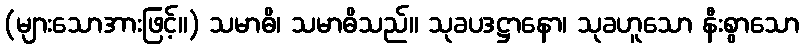
(များသောအားဖြင့်။) သမာဓိ၊ သမာဓိသည်။ သုခပဒဋ္ဌာနော၊ သုခဟူသော နီးစွာသော